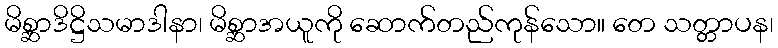
မိစ္ဆာဒိဋ္ဌိသမာဒါနာ၊ မိစ္ဆာအယူကို ဆောက်တည်ကုန်သော။ တေ သတ္တာပန၊